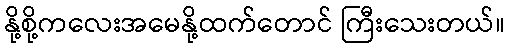
နို့စို့ကလေးအမေနို့ထက်တောင် ကြီးသေးတယ်။